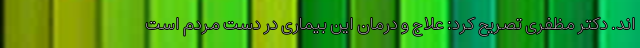
اند. دکتر مظفری تصریح کرد: علاج و درمان این بیماری در دست مردم است